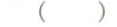
( )